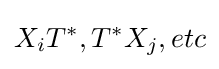
X_{i}T^{*},T^{*}X_{j},etc